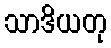
သာဒိယတု